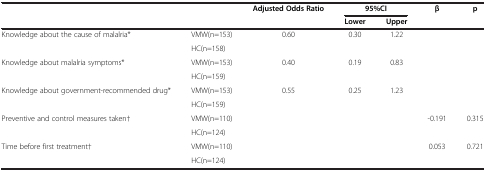
|  |  | Adjusted Odds Ratio | <COLSPAN=2> 95%CI | β | p |
 |  |  |  | Lower | Upper |  |  |
 | --- | --- | --- | --- | --- | --- | --- |
 | Knowledge about the cause of malalria* | VMW(n=153) | 0.60 | 0.30 | 1.22 |  |  |
 |  | HC(n=158) |  |  |  |  |  |
 | Knowledge about malalria symptoms* | VMW(n=153) | 0.40 | 0.19 | 0.83 |  |  |
 |  | HC(n=159) |  |  |  |  |  |
 | Knowledge about government-recommended drug* | VMW(n=153) | 0.55 | 0.25 | 1.23 |  |  |
 |  | HC(n=159) |  |  |  |  |  |
 | Preventive and control measures taken† | VMW(n=110) |  |  |  | -0.191 | 0.315 |
 |  | HC(n=124) |  |  |  |  |  |
 | Time before first treatment† | VMW(n=110) |  |  |  | 0.053 | 0.721 |
 |  | HC(n=124) |  |  |  |  |  |